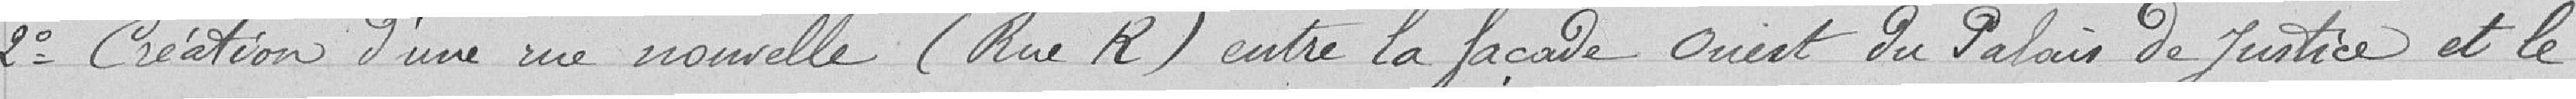
2° Création d'une rue nouvelle (Rue R) entre la façade Ouest du Palais de Justice et le